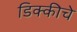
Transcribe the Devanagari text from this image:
डिक्कीचे